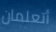
أتعلمان